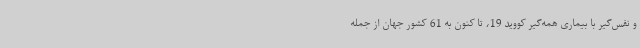
و نفس‌گیر با بیماری همه‌گیر کووید 19، تا کنون به 61 کشور جهان از جمله